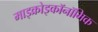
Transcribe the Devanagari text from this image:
माइक्रोइकॉनॉमिक